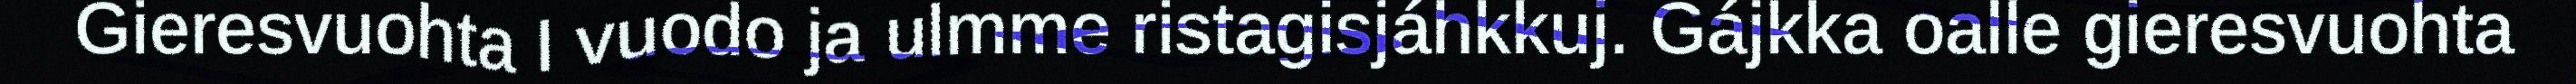
Gieresvuohta l vuodo ja ulmme ristagisjáhkkuj. Gájkka oalle gieresvuohta